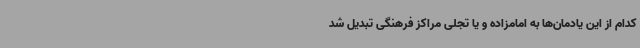
کدام از این یادمان‌ها به امامزاده و یا تجلی مراکز فرهنگی تبدیل شد